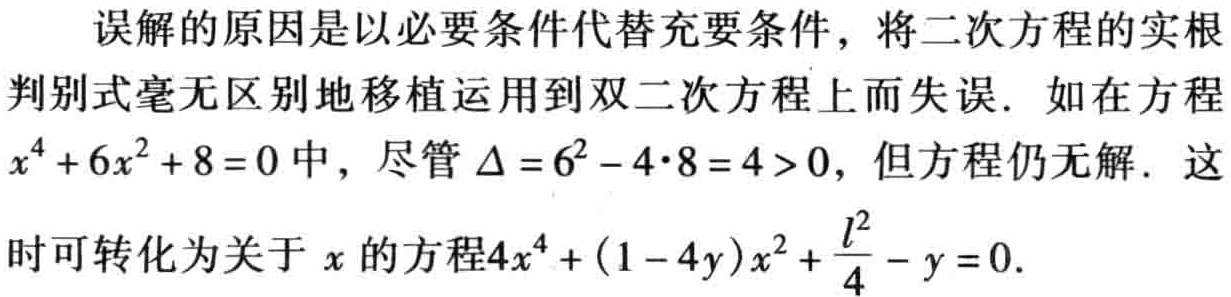
误解的原因是以必要条件代替充要条件，将二次方程的实根判别式毫无区别地移植运用到双二次方程上而失误. 如在方程$x^{4}+6x^{2}+8 = 0$中，尽管$\Delta=6^{2}-4\cdot8 = 4>0$，但方程仍无解. 这时可转化为关于$x$的方程$4x^{4}+(1 - 4y)x^{2}+\frac{l^{2}}{4}-y = 0$.